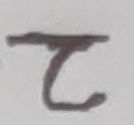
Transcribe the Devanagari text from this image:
ट